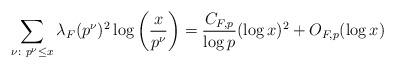
LaTeX: \begin{align*}\sum_{\nu\colon p^{\nu}\leq x} \lambda_F(p^{\nu})^2 \log\bigg(\frac{x}{p^{\nu}}\bigg)= \frac{C_{F,p}}{\log p} (\log x)^2 + O_{F, p}(\log x)\end{align*}